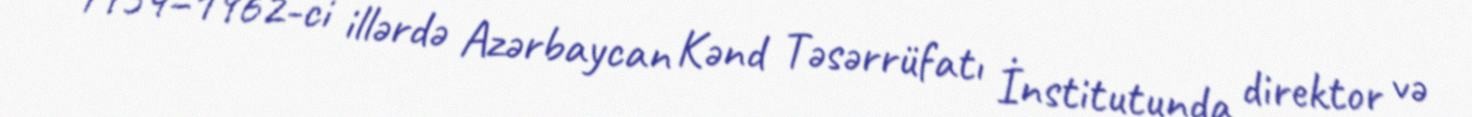
1954–1962-ci illərdə Azərbaycan Kənd Təsərrüfatı İnstitutunda direktor və